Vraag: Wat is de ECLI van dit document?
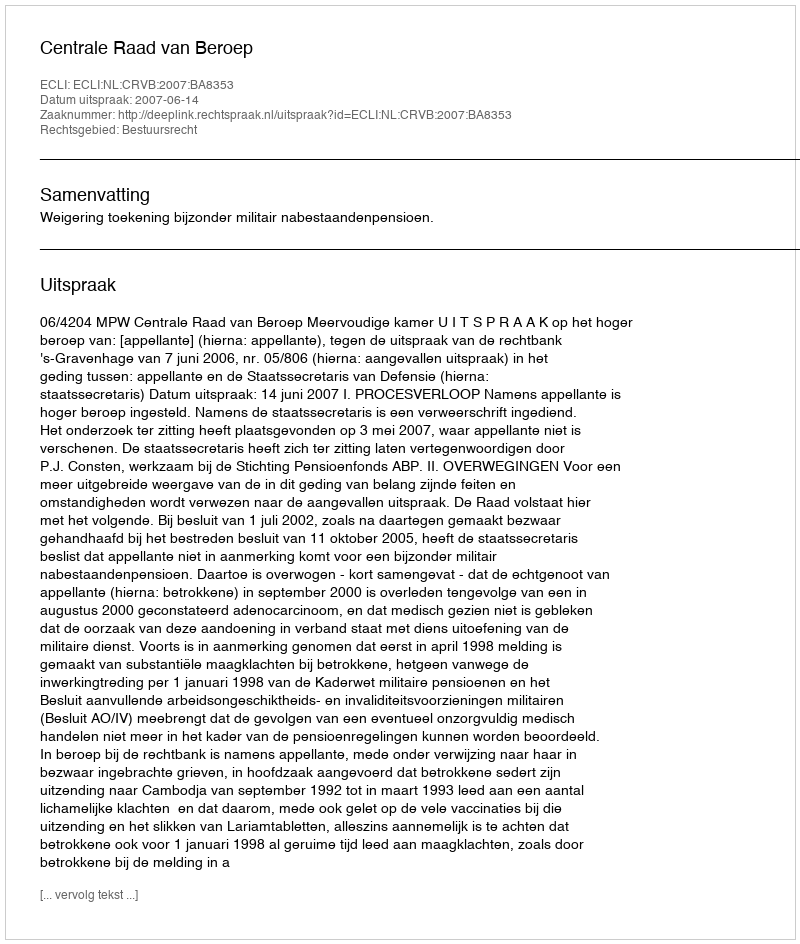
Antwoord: ECLI:NL:CRVB:2007:BA8353